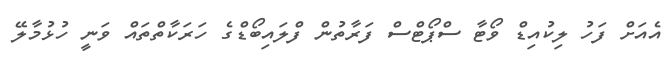
އެއަށް ފަހު ލިކުއިޑް ވޯޓާ ސްޕޯޓްސް ފަރާތުން ފްލައިބޯޑްގެ ހަރަކާތްތައް ވަނީ ހުޅުމާލޭ